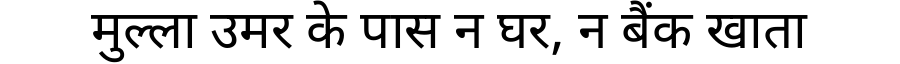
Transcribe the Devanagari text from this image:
मुल्ला उमर के पास न घर, न बैंक खाता